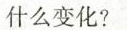
什么变化?